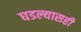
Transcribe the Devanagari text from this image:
घडल्यासही